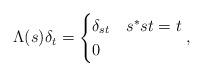
LaTeX: \begin{align*}\Lambda(s)\delta_t = \begin{cases}\delta_{st} & s^*st = t\\0&\end{cases},\end{align*}